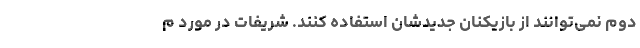
دوم نمی‌توانند از بازیکنان جدیدشان استفاده کنند. شریفات در مورد م